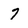
Character: 7